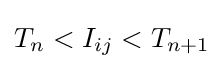
T_{n}<I_{ij}<T_{n+1}